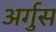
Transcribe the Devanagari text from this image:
अर्गुस